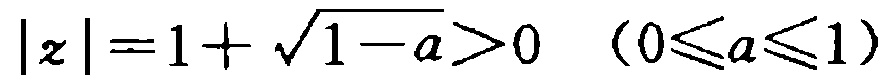
\(|z| = 1 + \sqrt{1 - a} > 0\ \ (0\leqslant a\leqslant 1)\)